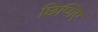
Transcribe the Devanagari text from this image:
छिप्पिए